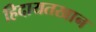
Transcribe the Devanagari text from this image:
हिदायतखान